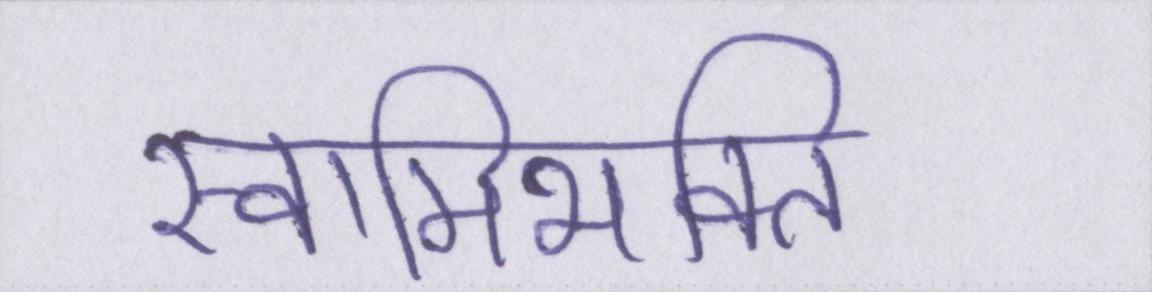
स्वामिभक्ति